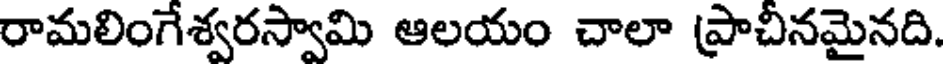
రామలింగేశ్వరస్వామి ఆలయం చాలా ప్రాచీనమైనది.